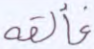
فألقه